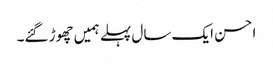
احسن ایک سال پہلے ہمیں چھوڑ گئے۔